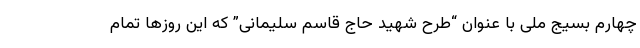
چهارم بسیج ملی با عنوان “طرح شهید حاج قاسم سلیمانی” که این روزها تمام